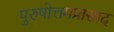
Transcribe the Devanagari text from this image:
पुरुषोत्तमप्रासाद